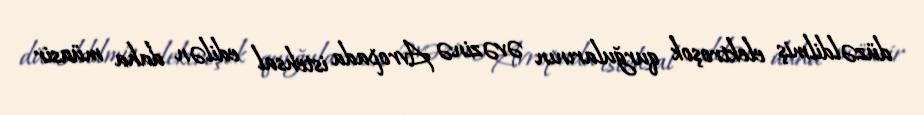
düzəldilmiş elektroşok qurğularının əvəzinə Avropada istehsal edilən daha müasir